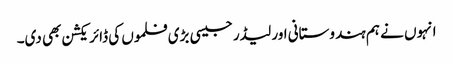
انہوں نے ہم ہندوستانی اور لیڈر جیسی بڑی فلموں کی ڈائریکشن بھی دی۔